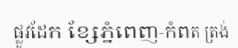
ផ្លូវដែក ខ្សែភ្នំពេញ-កំពត ត្រង់